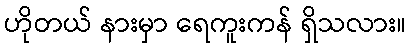
ဟိုတယ် နားမှာ ရေကူးကန် ရှိသလား။